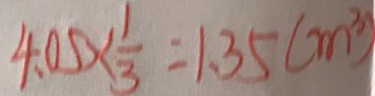
4 . 0 5 \times \frac { 1 } { 3 } = 1 . 3 5 ( m ^ { 3 } )